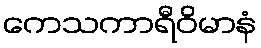
ကေသကာရီဝိမာနံ